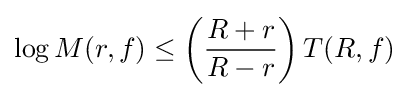
\log M(r,f)\leq \left({\dfrac {R+r}{R-r}}\right)T(R,f)